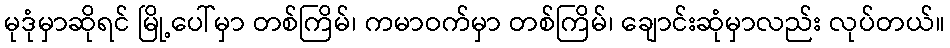
မုဒုံမှာဆိုရင် မြို့ပေါ်မှာ တစ်ကြိမ်၊ ကမာဝက်မှာ တစ်ကြိမ်၊ ချောင်းဆုံမှာလည်း လုပ်တယ်။